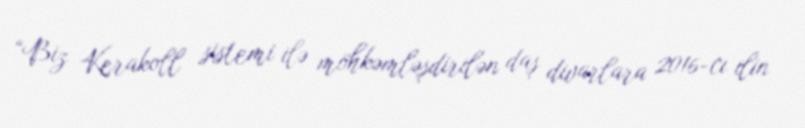
“Biz Kerakoll sistemi ilə möhkəmləşdirilən daş divarlara 2016-cı ilin